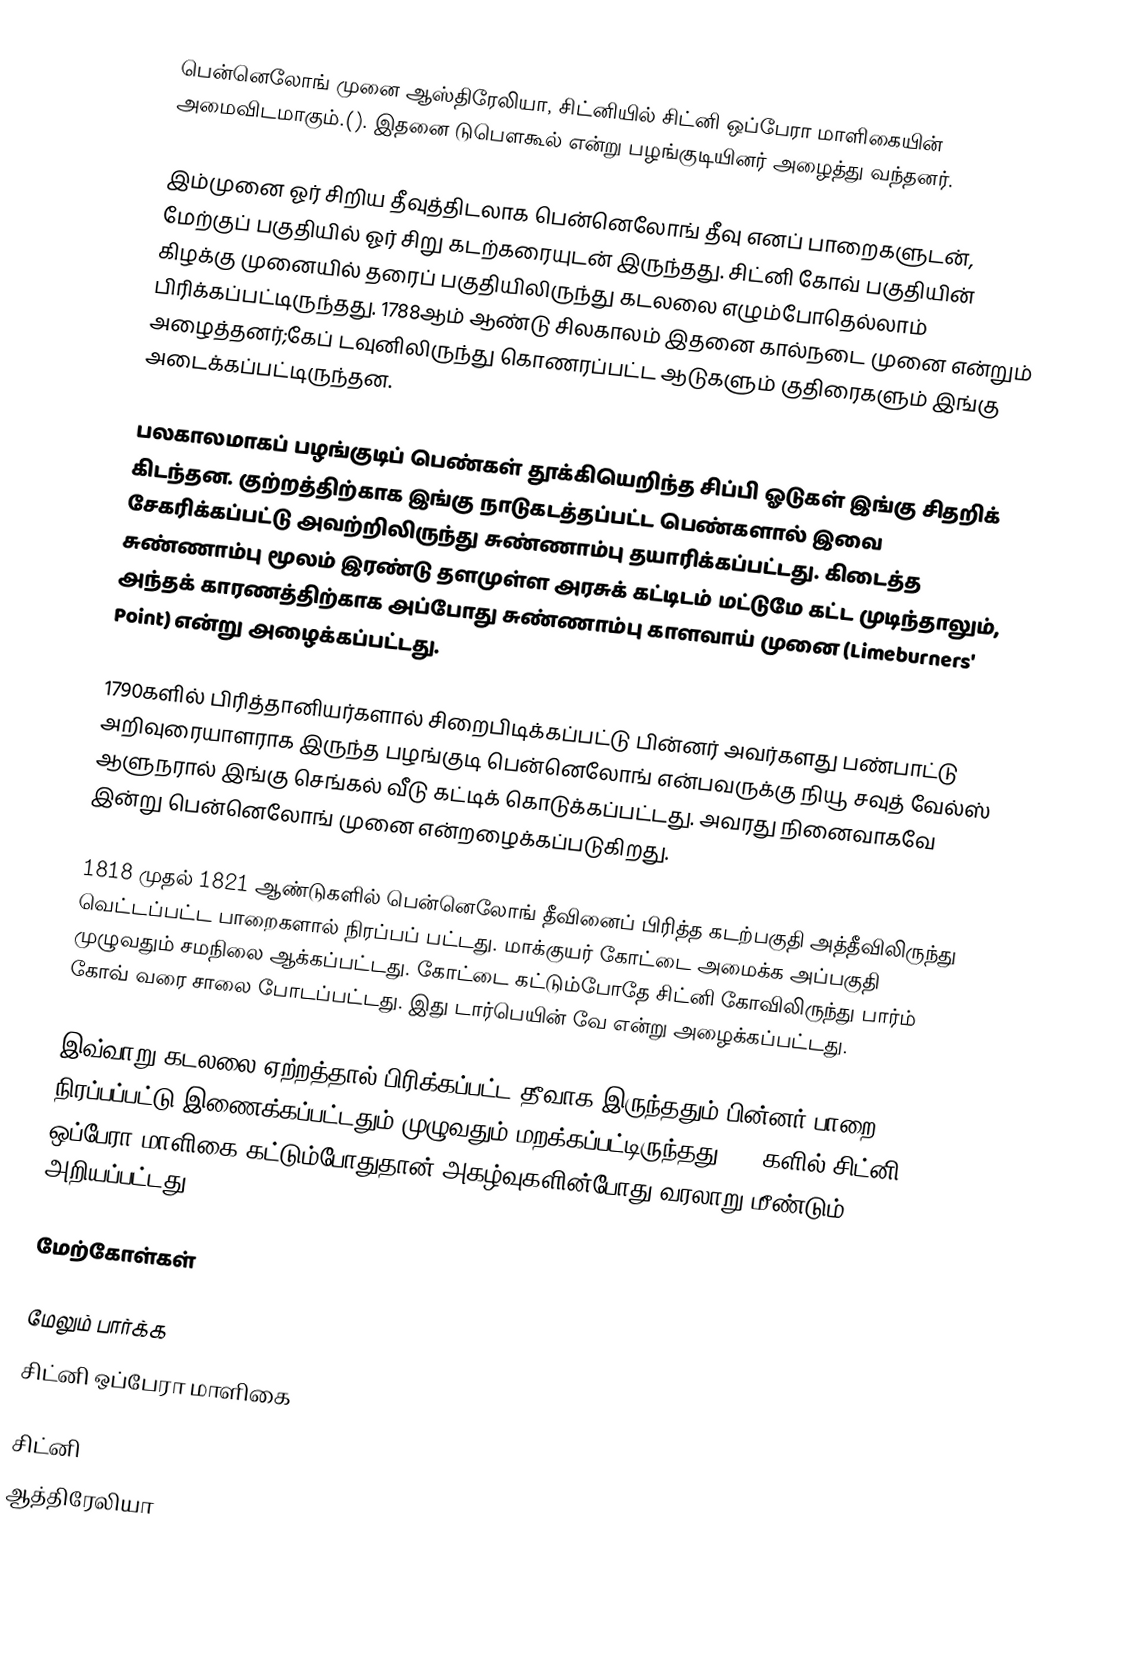
பென்னெலோங் முனை ஆஸ்திரேலியா, சிட்னியில் சிட்னி ஒப்பேரா மாளிகையின் அமைவிடமாகும்.().  இதனை டுபௌகூல் என்று பழங்குடியினர் அழைத்து வந்தனர்.

இம்முனை ஓர் சிறிய தீவுத்திடலாக பென்னெலோங் தீவு எனப் பாறைகளுடன், மேற்குப் பகுதியில் ஓர் சிறு கடற்கரையுடன் இருந்தது. சிட்னி கோவ் பகுதியின் கிழக்கு முனையில் தரைப் பகுதியிலிருந்து கடலலை எழும்போதெல்லாம் பிரிக்கப்பட்டிருந்தது. 1788ஆம் ஆண்டு சிலகாலம் இதனை கால்நடை முனை என்றும் அழைத்தனர்;கேப் டவுனிலிருந்து கொணரப்பட்ட ஆடுகளும் குதிரைகளும் இங்கு அடைக்கப்பட்டிருந்தன.

பலகாலமாகப் பழங்குடிப் பெண்கள் தூக்கியெறிந்த சிப்பி ஓடுகள் இங்கு சிதறிக் கிடந்தன.  குற்றத்திற்காக இங்கு நாடுகடத்தப்பட்ட பெண்களால் இவை சேகரிக்கப்பட்டு அவற்றிலிருந்து சுண்ணாம்பு தயாரிக்கப்பட்டது. கிடைத்த சுண்ணாம்பு மூலம் இரண்டு தளமுள்ள அரசுக் கட்டிடம் மட்டுமே கட்ட முடிந்தாலும், அந்தக் காரணத்திற்காக அப்போது  சுண்ணாம்பு காளவாய் முனை (Limeburners' Point) என்று அழைக்கப்பட்டது.

1790களில் பிரித்தானியர்களால் சிறைபிடிக்கப்பட்டு பின்னர் அவர்களது பண்பாட்டு அறிவுரையாளராக இருந்த பழங்குடி பென்னெலோங் என்பவருக்கு நியூ சவுத் வேல்ஸ் ஆளுநரால்  இங்கு  செங்கல் வீடு கட்டிக் கொடுக்கப்பட்டது. அவரது நினைவாகவே இன்று பென்னெலோங் முனை என்றழைக்கப்படுகிறது.

1818 முதல் 1821 ஆண்டுகளில் பென்னெலோங் தீவினைப் பிரித்த கடற்பகுதி அத்தீவிலிருந்து வெட்டப்பட்ட பாறைகளால் நிரப்பப் பட்டது. மாக்குயர் கோட்டை அமைக்க அப்பகுதி முழுவதும் சமநிலை ஆக்கப்பட்டது. கோட்டை கட்டும்போதே சிட்னி கோவிலிருந்து பார்ம் கோவ் வரை சாலை போடப்பட்டது. இது டார்பெயின் வே என்று அழைக்கப்பட்டது.

இவ்வாறு கடலலை ஏற்றத்தால் பிரிக்கப்பட்ட தீவாக இருந்ததும் பின்னர் பாறை நிரப்பப்பட்டு இணைக்கப்பட்டதும் முழுவதும் மறக்கப்பட்டிருந்தது;1950களில் சிட்னி ஒப்பேரா மாளிகை கட்டும்போதுதான் அகழ்வுகளின்போது வரலாறு மீண்டும் அறியப்பட்டது.

மேற்கோள்கள்

மேலும் பார்க்க
 சிட்னி ஒப்பேரா மாளிகை

சிட்னி
ஆத்திரேலியா